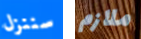
سننزل ملازم